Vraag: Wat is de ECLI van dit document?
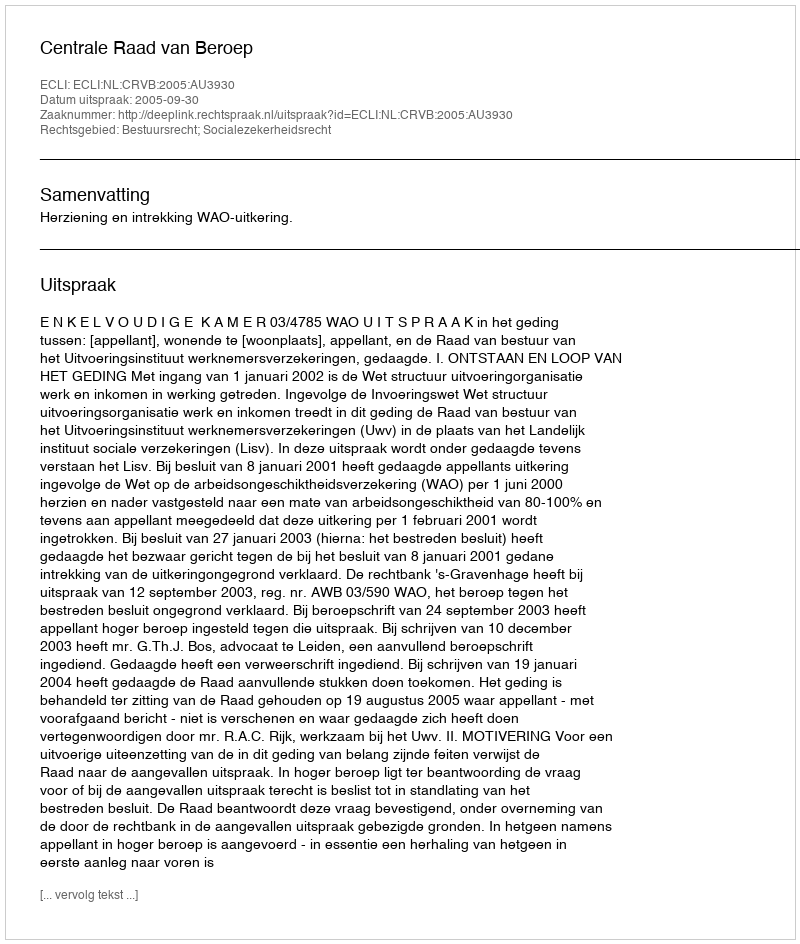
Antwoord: ECLI:NL:CRVB:2005:AU3930